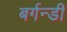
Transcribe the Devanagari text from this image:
बर्गन्डी